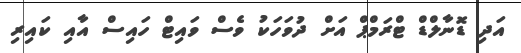
އަދި ޑޮނާލްޑް ޓްރަމްޕް އަށް ދުވަހަކު ވެސް ވައިޓް ހައިސް އާއި ކައިރި